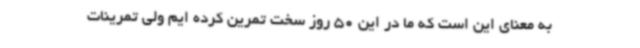
به معنای این است که ما در این 50 روز سخت تمرین کرده ایم ولی تمرینات